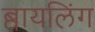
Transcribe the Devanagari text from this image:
ब्वायलिंग